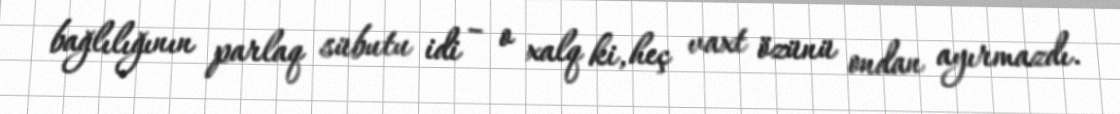
bağlılığının parlaq sübutu idi – o xalq ki, heç vaxt özünü ondan ayırmazdı.